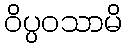
ဝိပ္ပဝသာမိ